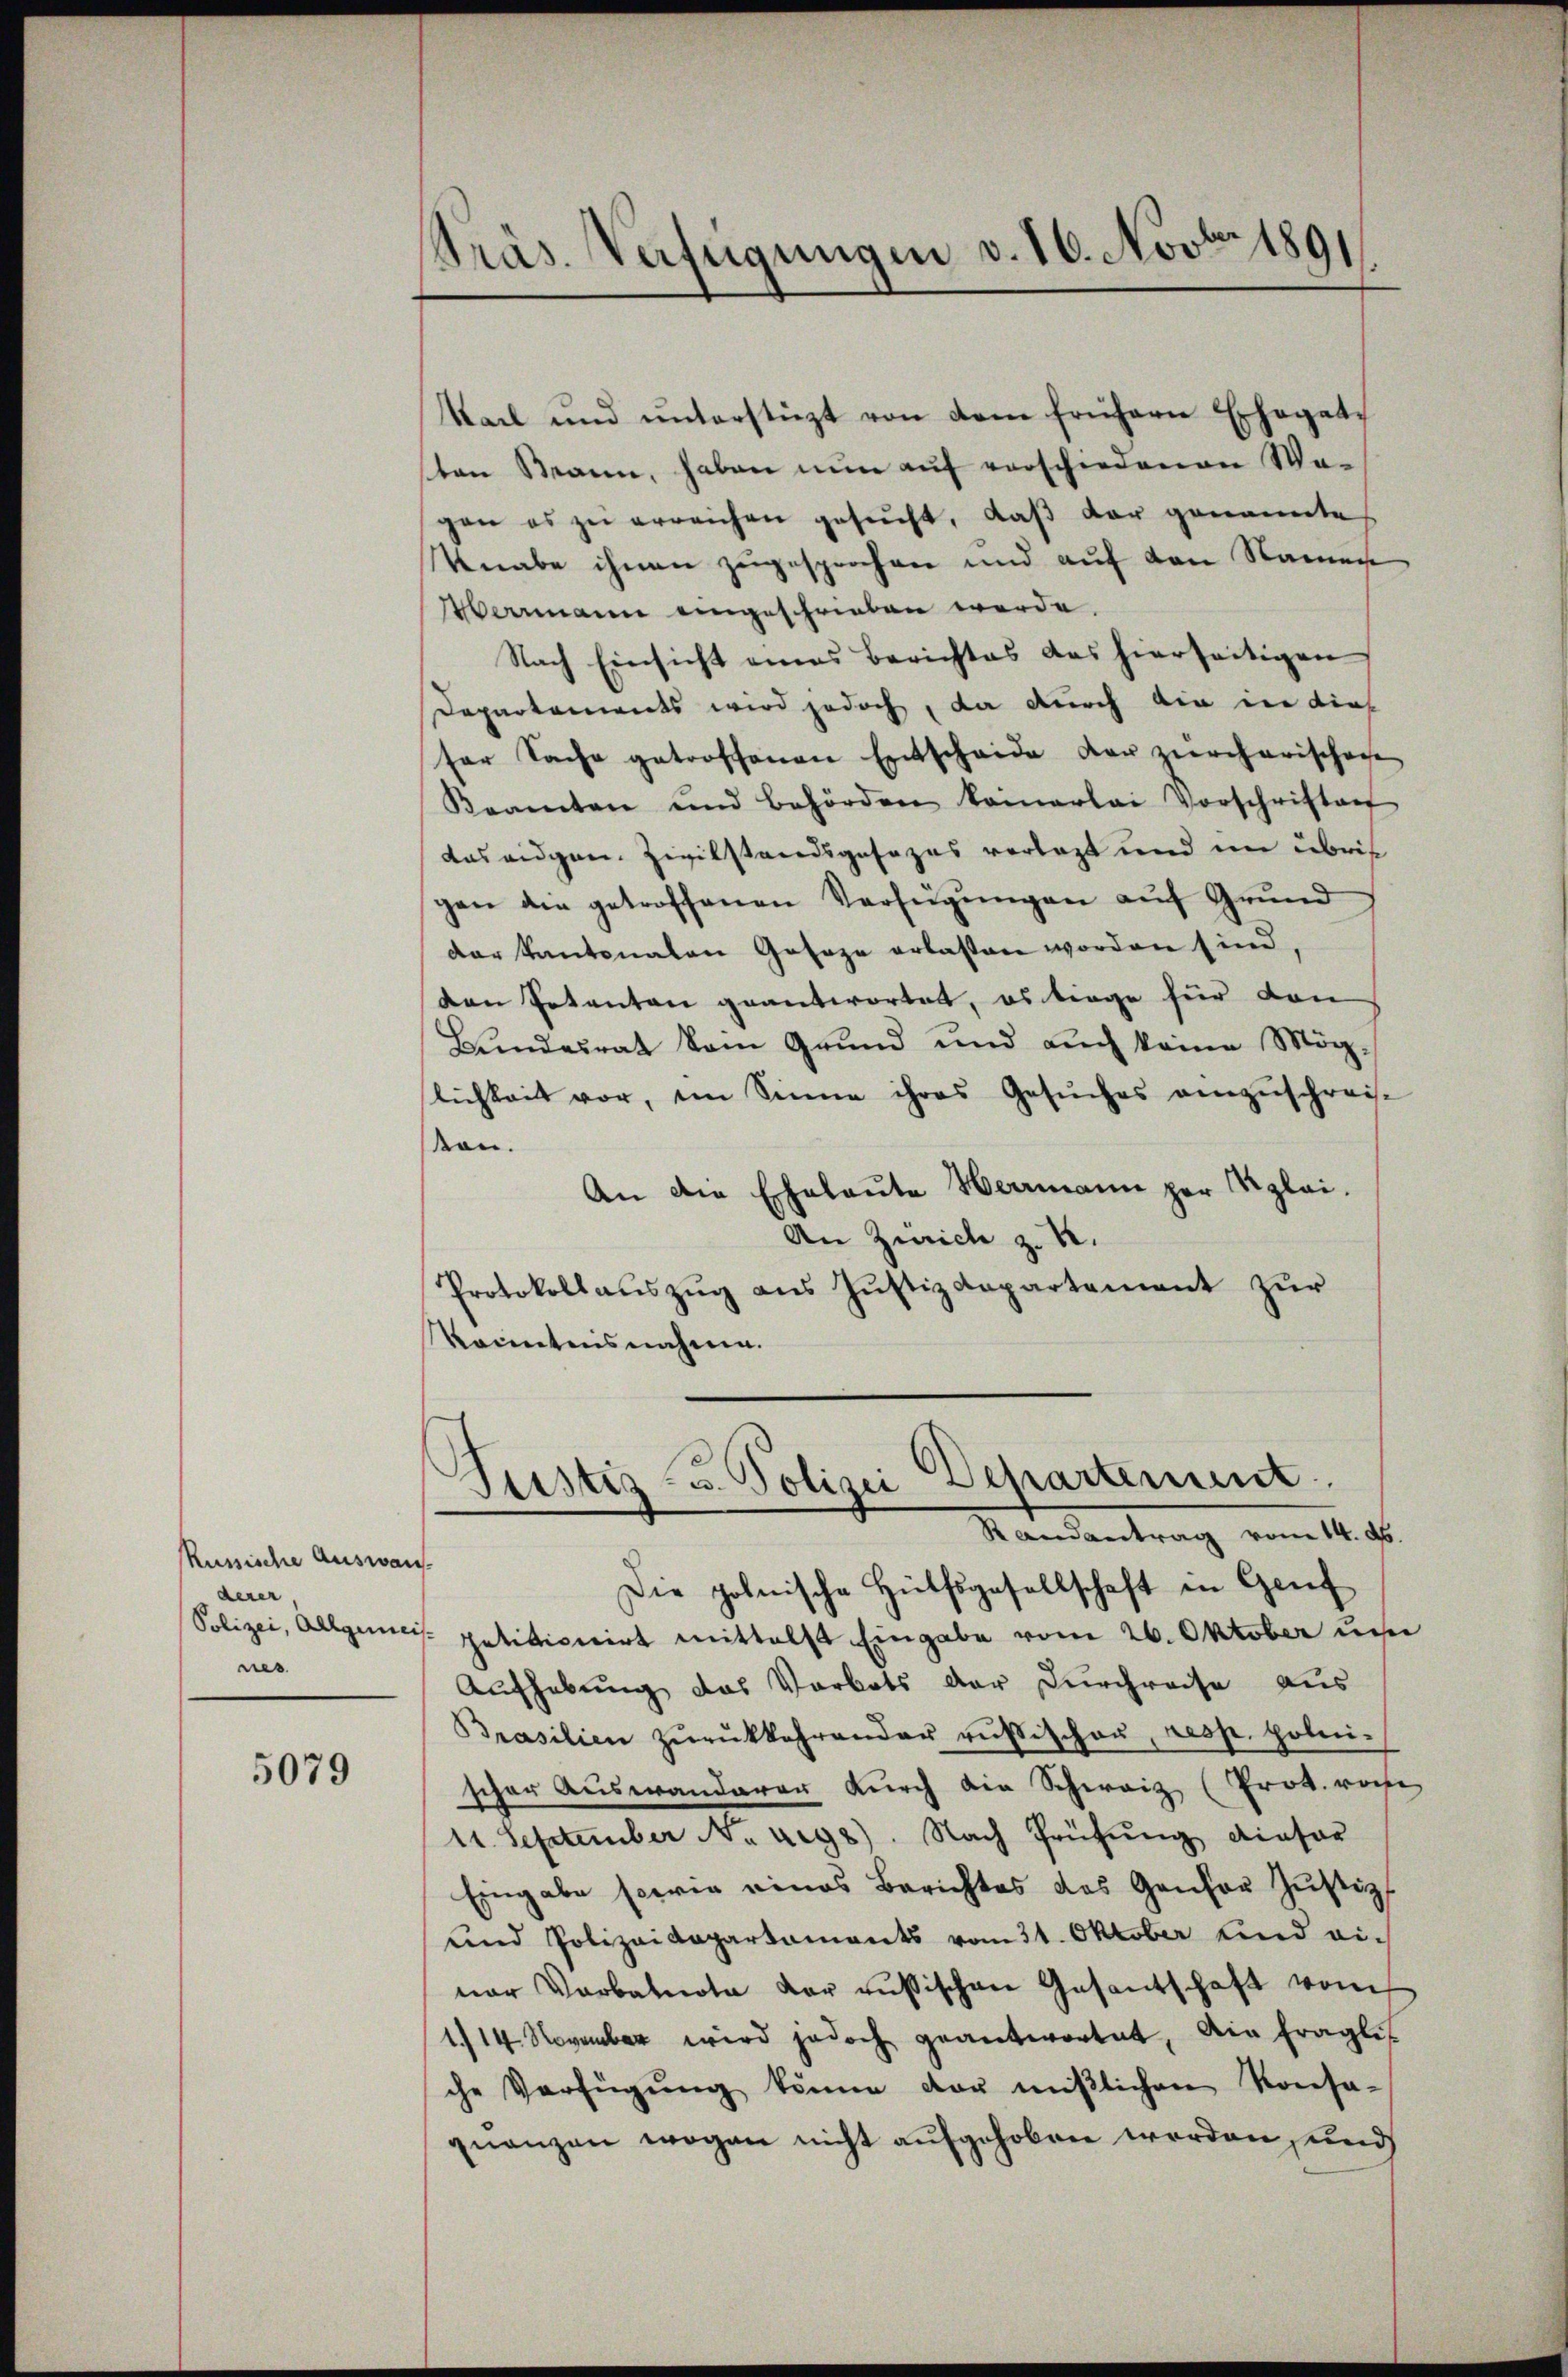
Russische Auswan
derer
nes

5079

Präs. Verfügungen v. 16. Novbr 1891

Sack und ŭnterstüzt von dem frühern Ehegate
sten Mann, haben nun auf verschiedenen Wagen es zŭ erreichen gesucht, daβ der genannte
knabe ihnen zugesprochen und auf den Namen
Marrmann eingeschrieben werde.
Nach Einsicht eines Berichtes das hierseitigen
Departements wird jedoch, da durch die in dies
ser Sache getroffenen Entscheide der zürcherischei
Keamten und behörden kamerlei Vorschriften
das eidgen. Zivilstandsgesezes verlegt und im übrig
gen die getroffenen Verfügŭngen aŭf Grŭnd
der Kantonalen Gesage erlassen worden sind,
den Petenten geantwortet, es trage für von
Bŭndesrat vom Grŭnd und aŭch keine Mög-
lichkeit vor, ein Sinne ihres Gesŭches anzŭschreis-
kon.
An die Eheleute Herrmann per Klei¬
An Zürich z. B.
Protokollaŭszŭg aŭs Jŭstizdepartement zŭr
Konntnisnahme.

Justiz- u. Polizei Departement
Randantrag vom 14. ds.

Die polnische Hülfsgesellschaft in Genf
Polizei, Allgemeis politicicirt mittelst Eingabe vom 26. Oktober un
Aufhebung das Vorbots der Durchreise aus
Prasilien zŭrükkehrender russischen, resp. polni-
schon Auswanderer durch die Schweiz (Prok. vorhe
11. September No 498). Nach Prüfŭng dieser
Eingabe sowie eines Berichtes des Gansor Justiz-
und Polizeidepartaments vom 31. Oktober und einer Verbalnote der russischen Gesantschaft vom
1./14. November wird jedoch geantwortet, die fraglis
che Verfügŭng könne vor miβlichen Konse-
quanzen wogen nicht aufgehoben werden, und